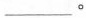
___。